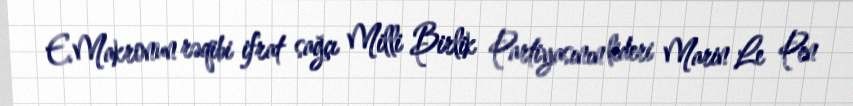
E.Makronun rəqibi ifrat sağçı Milli Birlik Partiyasının lideri Marin Le Pen